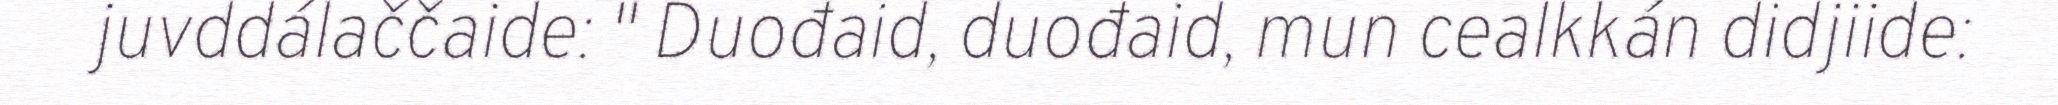
juvddálaččaide: " Duođaid, duođaid, mun cealkkán didjiide: